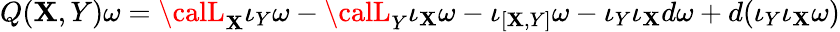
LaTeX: Q(\mathbf{X},Y)\omega={\calL}_{\mathbf{X}}\iota_{Y}\omega-{\calL}_{Y}\iota_{\mathbf{X}}\omega-\iota_{[\mathbf{X},Y]}\omega-\iota_{Y}\iota_{\mathbf{X}}d\omega+d(\iota_{Y}\iota_{\mathbf{X}}\omega)